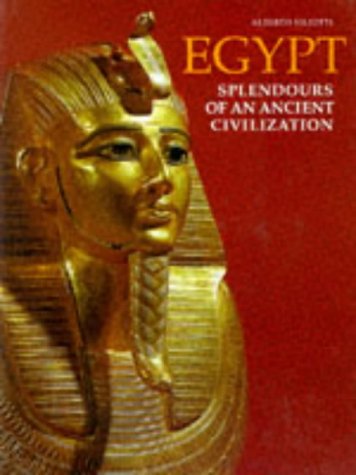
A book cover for Egypt: Splendors of an Ancient Civilization; Alerto Siliotti; Travel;